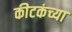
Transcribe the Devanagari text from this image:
कीटकंच्या